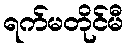
ရက်မတိုင်မီ